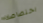
اختصاصك